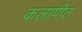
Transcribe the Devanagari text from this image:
कलापीठ